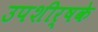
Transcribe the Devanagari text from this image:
उपशीर्षके